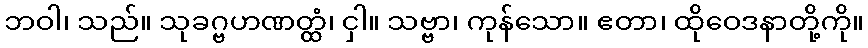
ဘဝါ၊ သည်။ သုခဂ္ဗဟဏတ္ထံ၊ ငှါ။ သဗ္ဗာ၊ ကုန်သော။ ဧတာ၊ ထိုဝေဒနာတို့ကို။